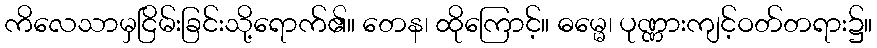
ကိလေသာမှငြိမ်းခြင်းသို့ရောက်၏။ တေန၊ ထိုကြောင့်။ ဓမ္မေ၊ ပုဏ္ဏားကျင့်ဝတ်တရား၌။